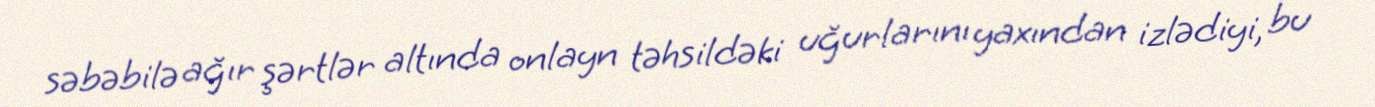
səbəbilə ağır şərtlər altında onlayn təhsildəki uğurlarını yaxından izlədiyi, bu